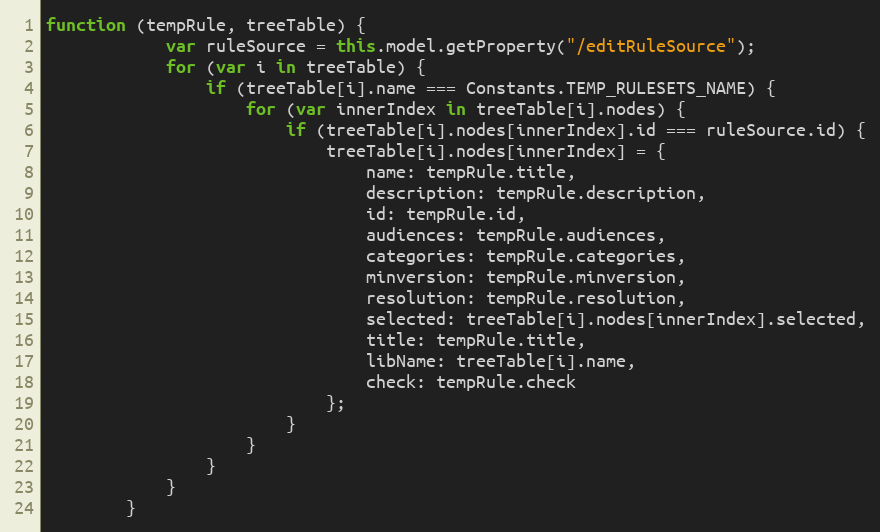
Language: JavaScript
function (tempRule, treeTable) {
			var ruleSource = this.model.getProperty("/editRuleSource");
			for (var i in treeTable) {
				if (treeTable[i].name === Constants.TEMP_RULESETS_NAME) {
					for (var innerIndex in treeTable[i].nodes) {
						if (treeTable[i].nodes[innerIndex].id === ruleSource.id) {
							treeTable[i].nodes[innerIndex] = {
								name: tempRule.title,
								description: tempRule.description,
								id: tempRule.id,
								audiences: tempRule.audiences,
								categories: tempRule.categories,
								minversion: tempRule.minversion,
								resolution: tempRule.resolution,
								selected: treeTable[i].nodes[innerIndex].selected,
								title: tempRule.title,
								libName: treeTable[i].name,
								check: tempRule.check
							};
						}
					}
				}
			}
		}